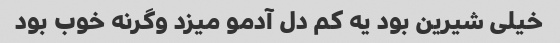
خیلی شیرین بود یه کم دل آدمو میزد وگرنه خوب بود